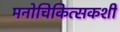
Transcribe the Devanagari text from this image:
मनोचिकित्सकशी